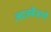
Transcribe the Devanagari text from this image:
आज़र्बैजानी